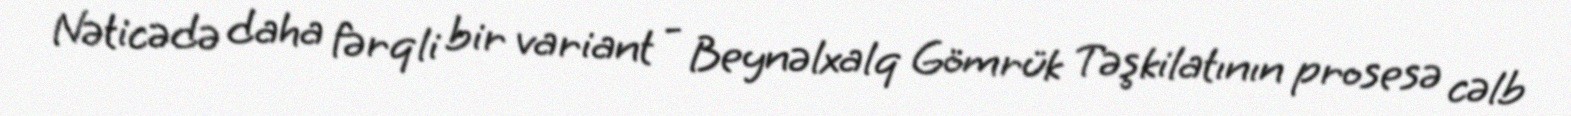
Nəticədə daha fərqli bir variant - Beynəlxalq Gömrük Təşkilatının prosesə cəlb